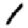
Digit: 1